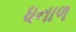
ધનાળ